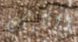
الكيك